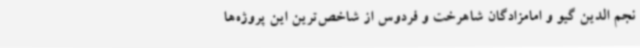
نجم الدین گیو و امامزادگان شاهرخت و فردوس از شاخص‌ترین این پروژه‌ها